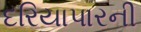
દરિયાપારની